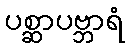
ပစ္ဆာပဗ္ဘာရံ